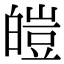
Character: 皚